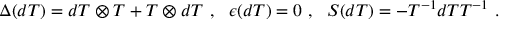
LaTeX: \Delta ( d T ) = d T \otimes T + T \otimes d T ~ , { } ~ ~ \epsilon ( d T ) = 0 ~ , ~ ~ { \cal S } ( d T ) = - T ^ { - 1 } d T T ^ { - 1 } ~ .